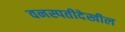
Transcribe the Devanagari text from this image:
वनस्पतीदेखील